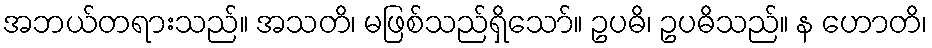
အဘယ်တရားသည်။ အသတိ၊ မဖြစ်သည်ရှိသော်။ ဥပဓိ၊ ဥပဓိသည်။ န ဟောတိ၊